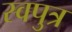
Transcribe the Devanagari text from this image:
स्वपुत्र